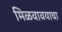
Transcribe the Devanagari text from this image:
मिळवावयाचा